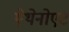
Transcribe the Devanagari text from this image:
ऐथेनोएट